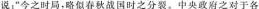
说：”今之时局，略似春秋战国时之分裂。中央政府之对于各